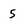
Character: 5